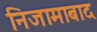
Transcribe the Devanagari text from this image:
निजामाबाद